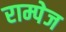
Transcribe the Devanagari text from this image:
राम्पेज